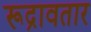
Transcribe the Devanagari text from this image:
रूद्रावतार